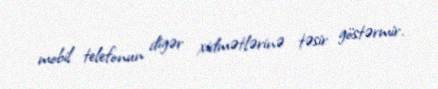
mobil telefonun digər xidmətlərinə təsir göstərmir.